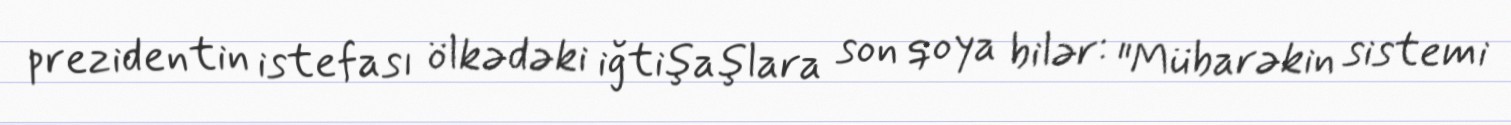
prezidentin istefası ölkədəki iğtişaşlara son qoya bilər: "Mübarəkin sistemi